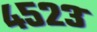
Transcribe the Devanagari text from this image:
४५२३